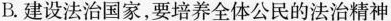
B.建设法治国家，要培养全体公民的法治精神